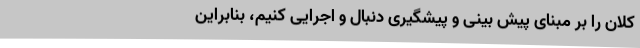
کلان را بر مبنای پیش بینی و پیشگیری دنبال و اجرایی کنیم، بنابراین